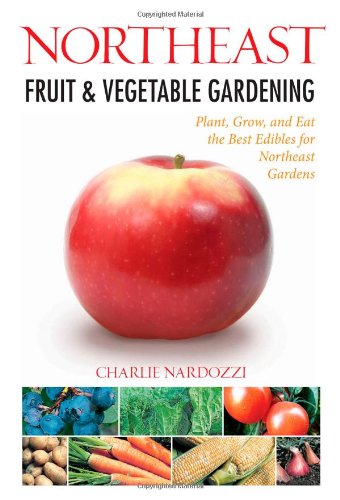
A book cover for Northeast Fruit & Vegetable Gardening: Plant, Grow, and Eat the Best Edibles for Northeast Gardens (Fruit & Vegetable Gardening Guides); Charlie Nardozzi; Crafts, Hobbies & Home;